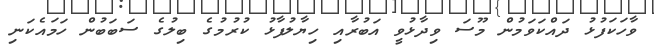
ވާހަކަފުޅު ދައްކަވަމުން މޫސަ ވިދާޅުވީ އަބުރާއި ހިޔާލުފާޅު ކުރުމުގެ ބިލުގެ ސަބަބުން ހަމައެކަނި